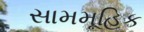
સામમૂહિક